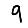
Digit: 9